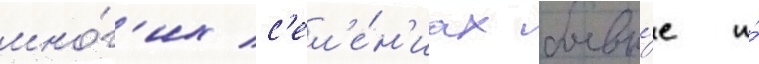
мно́г'их с'ел'е́н'иах боевы́е и́